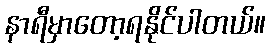
နာရီမှာတော့ရနိုင်ပါတယ်။